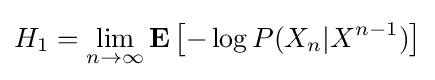
H_{1}=\lim _{n\to \infty }\mathbf {E} \left[-\log P(X_{n}|X^{n-1})\right]